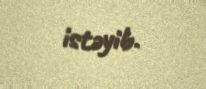
istəyib.